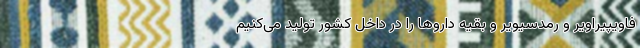
فاویپیراویر و رمدسیویر و بقیه داروها را در داخل کشور تولید می‌کنیم